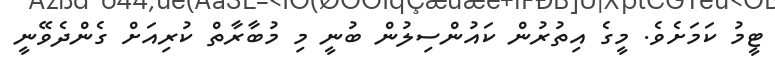
ޓީމު ކަމަށެވެ. މީގެ އިތުރުން ކައުންސިލުން ބުނީ މި މުބާރާތް ކުރިއަށް ގެންދެވޭނީ